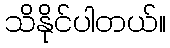
သိနိုင်ပါတယ်။